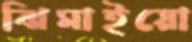
ঝিমাইয়ো